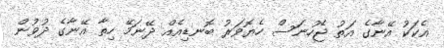
އެކަކު އޭނާގެ އަތު ޖެހުނަސް ހެޔޮވަރު ބޮނޑިއެއް ދޭނަމޭ ހިތާ އޭނާގެ ދުވުން